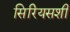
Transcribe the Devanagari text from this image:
सिरियसशी